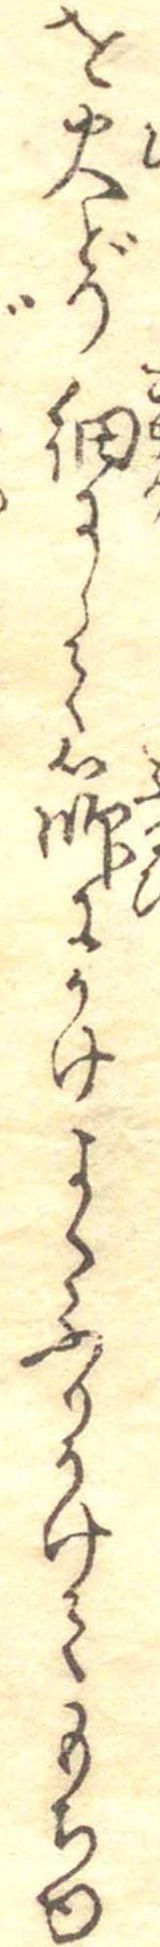
を火どり細にして篩にかけよくふりかけてもちゆ